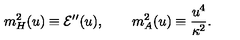
m _ { H } ^ { 2 } ( u ) \equiv { \cal E } ^ { \prime \prime } ( u ) , \qquad m _ { A } ^ { 2 } ( u ) \equiv \frac { u ^ { 4 } } { \kappa ^ { 2 } } .